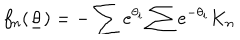
f _ { n } ( \underline { { { \theta } } } ) = - \sum e ^ { \theta _ { i } } \sum e ^ { - \theta _ { i } } K _ { n }